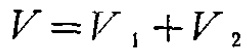
\(V = V_1 + V_2\)